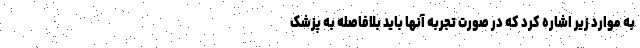
به موارد زیر اشاره کرد که در صورت تجربه آنها باید بلافاصله به پزشک